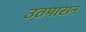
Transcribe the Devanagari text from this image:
उतपासन